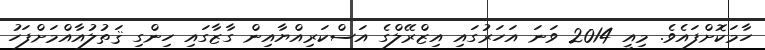
ހާމަކޮށްފައެވެ. މިއީ 2014 ވަނަ އަހަރުގައި އިޒްރޭލްގެ އަސްކަރިއްޔާއިން ގާޒާގައި ހިންގި ޤަތުލުއާއްމަށްފަހު